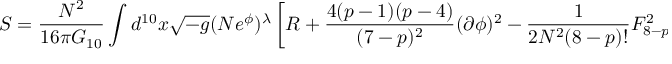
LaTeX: S = \frac { N ^ { 2 } } { 1 6 \pi G _ { 1 0 } } \int d ^ { 1 0 } x \sqrt { - g } ( N e ^ { \phi } ) ^ { \lambda } \left[ R + \frac { 4 ( p - 1 ) ( p - 4 ) } { ( 7 - p ) ^ { 2 } } ( \partial \phi ) ^ { 2 } - \frac { 1 } { 2 N ^ { 2 } ( 8 - p ) ! } F _ { 8 - p } ^ { 2 } \right] ,